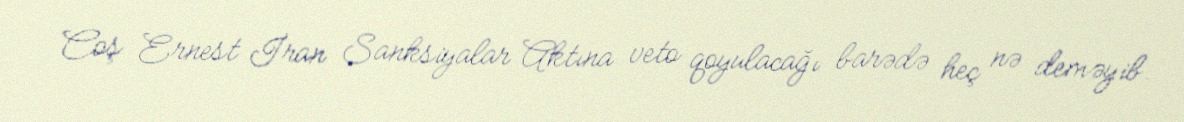
Coş Ernest İran Sanksiyalar Aktına veto qoyulacağı barədə heç nə deməyib.